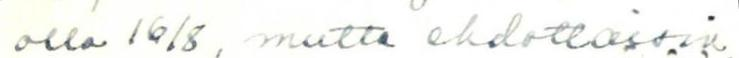
olla 16/8, mutta ehdottaisin,